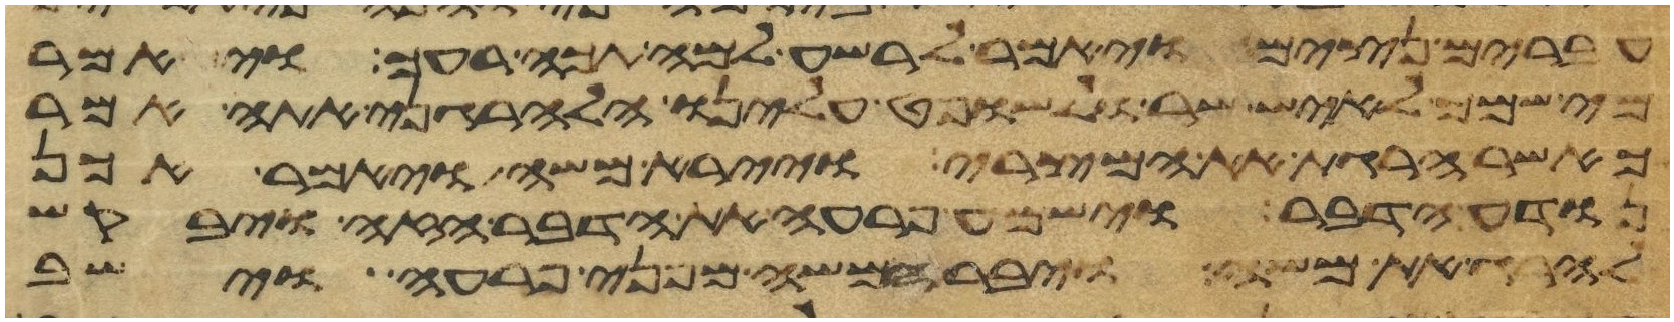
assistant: עברים נצים ויאמר לרשע למה תכה רעך ויאמר
מי שמך לאיש שר ולשופט עלינו הלהרגני אתה אמר
כאשר הרגת את המצרי ויירא משה ויאמר אכן
נודע הדבר וישמע פרעה את הדבר הזה ויבקש
להרג את משה ויברח משה מפני פרעה וישב